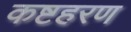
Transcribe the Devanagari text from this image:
कष्टहरण